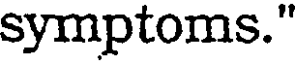
symptoms."